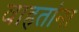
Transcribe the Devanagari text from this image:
वाहतांना